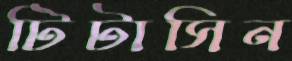
টিটাসিন